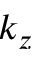
k _ { z }